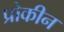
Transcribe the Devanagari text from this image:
प्रोकीन